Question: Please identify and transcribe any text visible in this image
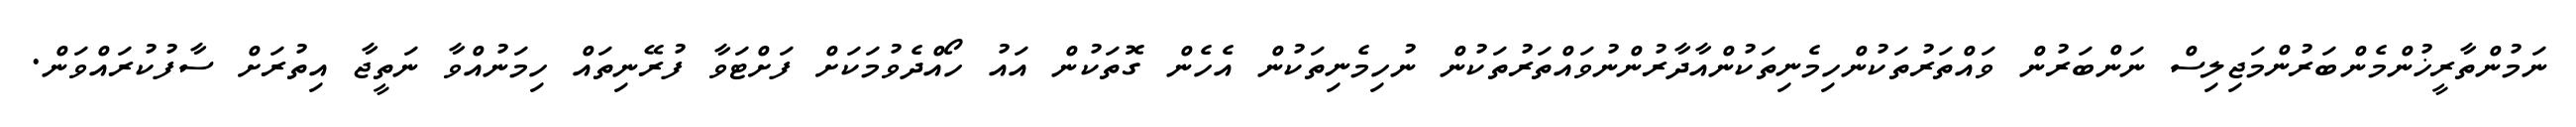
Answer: ނަމުންތާރީޚުންމެންބަރުންމަޖިލިސް ނަންބަރުން ވައްތަރުތަކުންހިމެނިތަކުންއާދާރުންނުވައްތަރުތަކުން ނުހިމެނިތަކުން އެހެން ގޮތަކުން އައު ހޯއްދެވުމަކަށް ފަށްޓަވާ ފުރޭނިތައް ހިމަނުއްވާ ނަތީޖާ އިތުރަށް ސާފުކުރައްވަން.